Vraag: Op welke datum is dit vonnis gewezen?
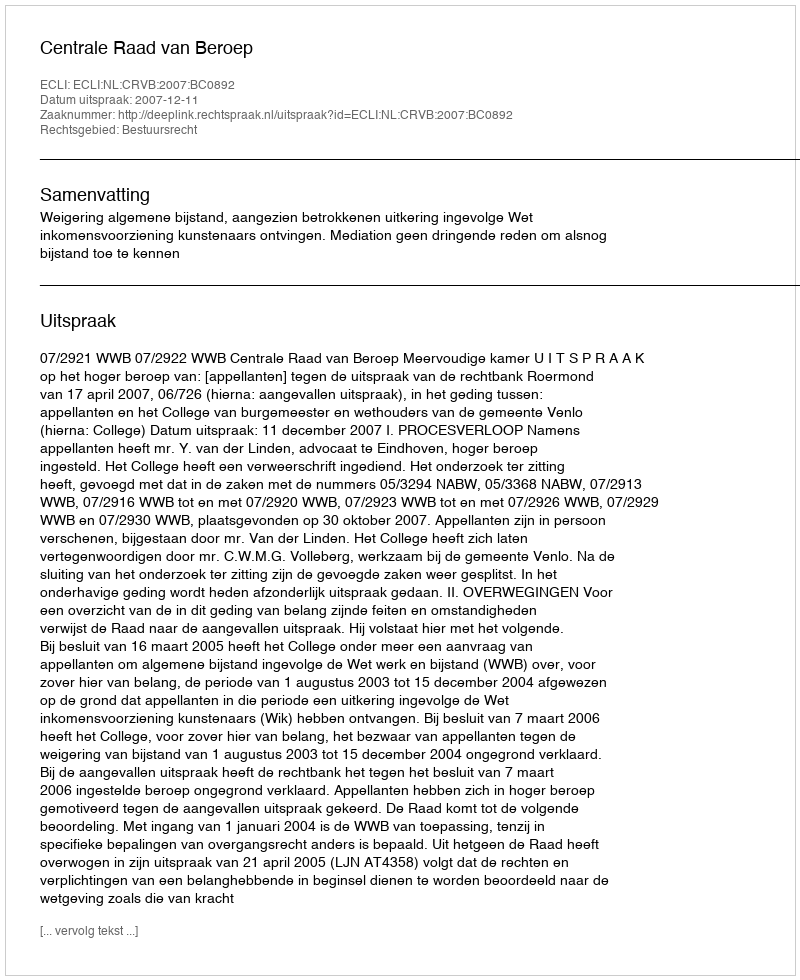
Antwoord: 2007-12-11